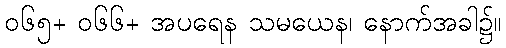
၀၆၅+ ၀၆၆+ အပရေန သမယေန၊ နောက်အခါ၌။